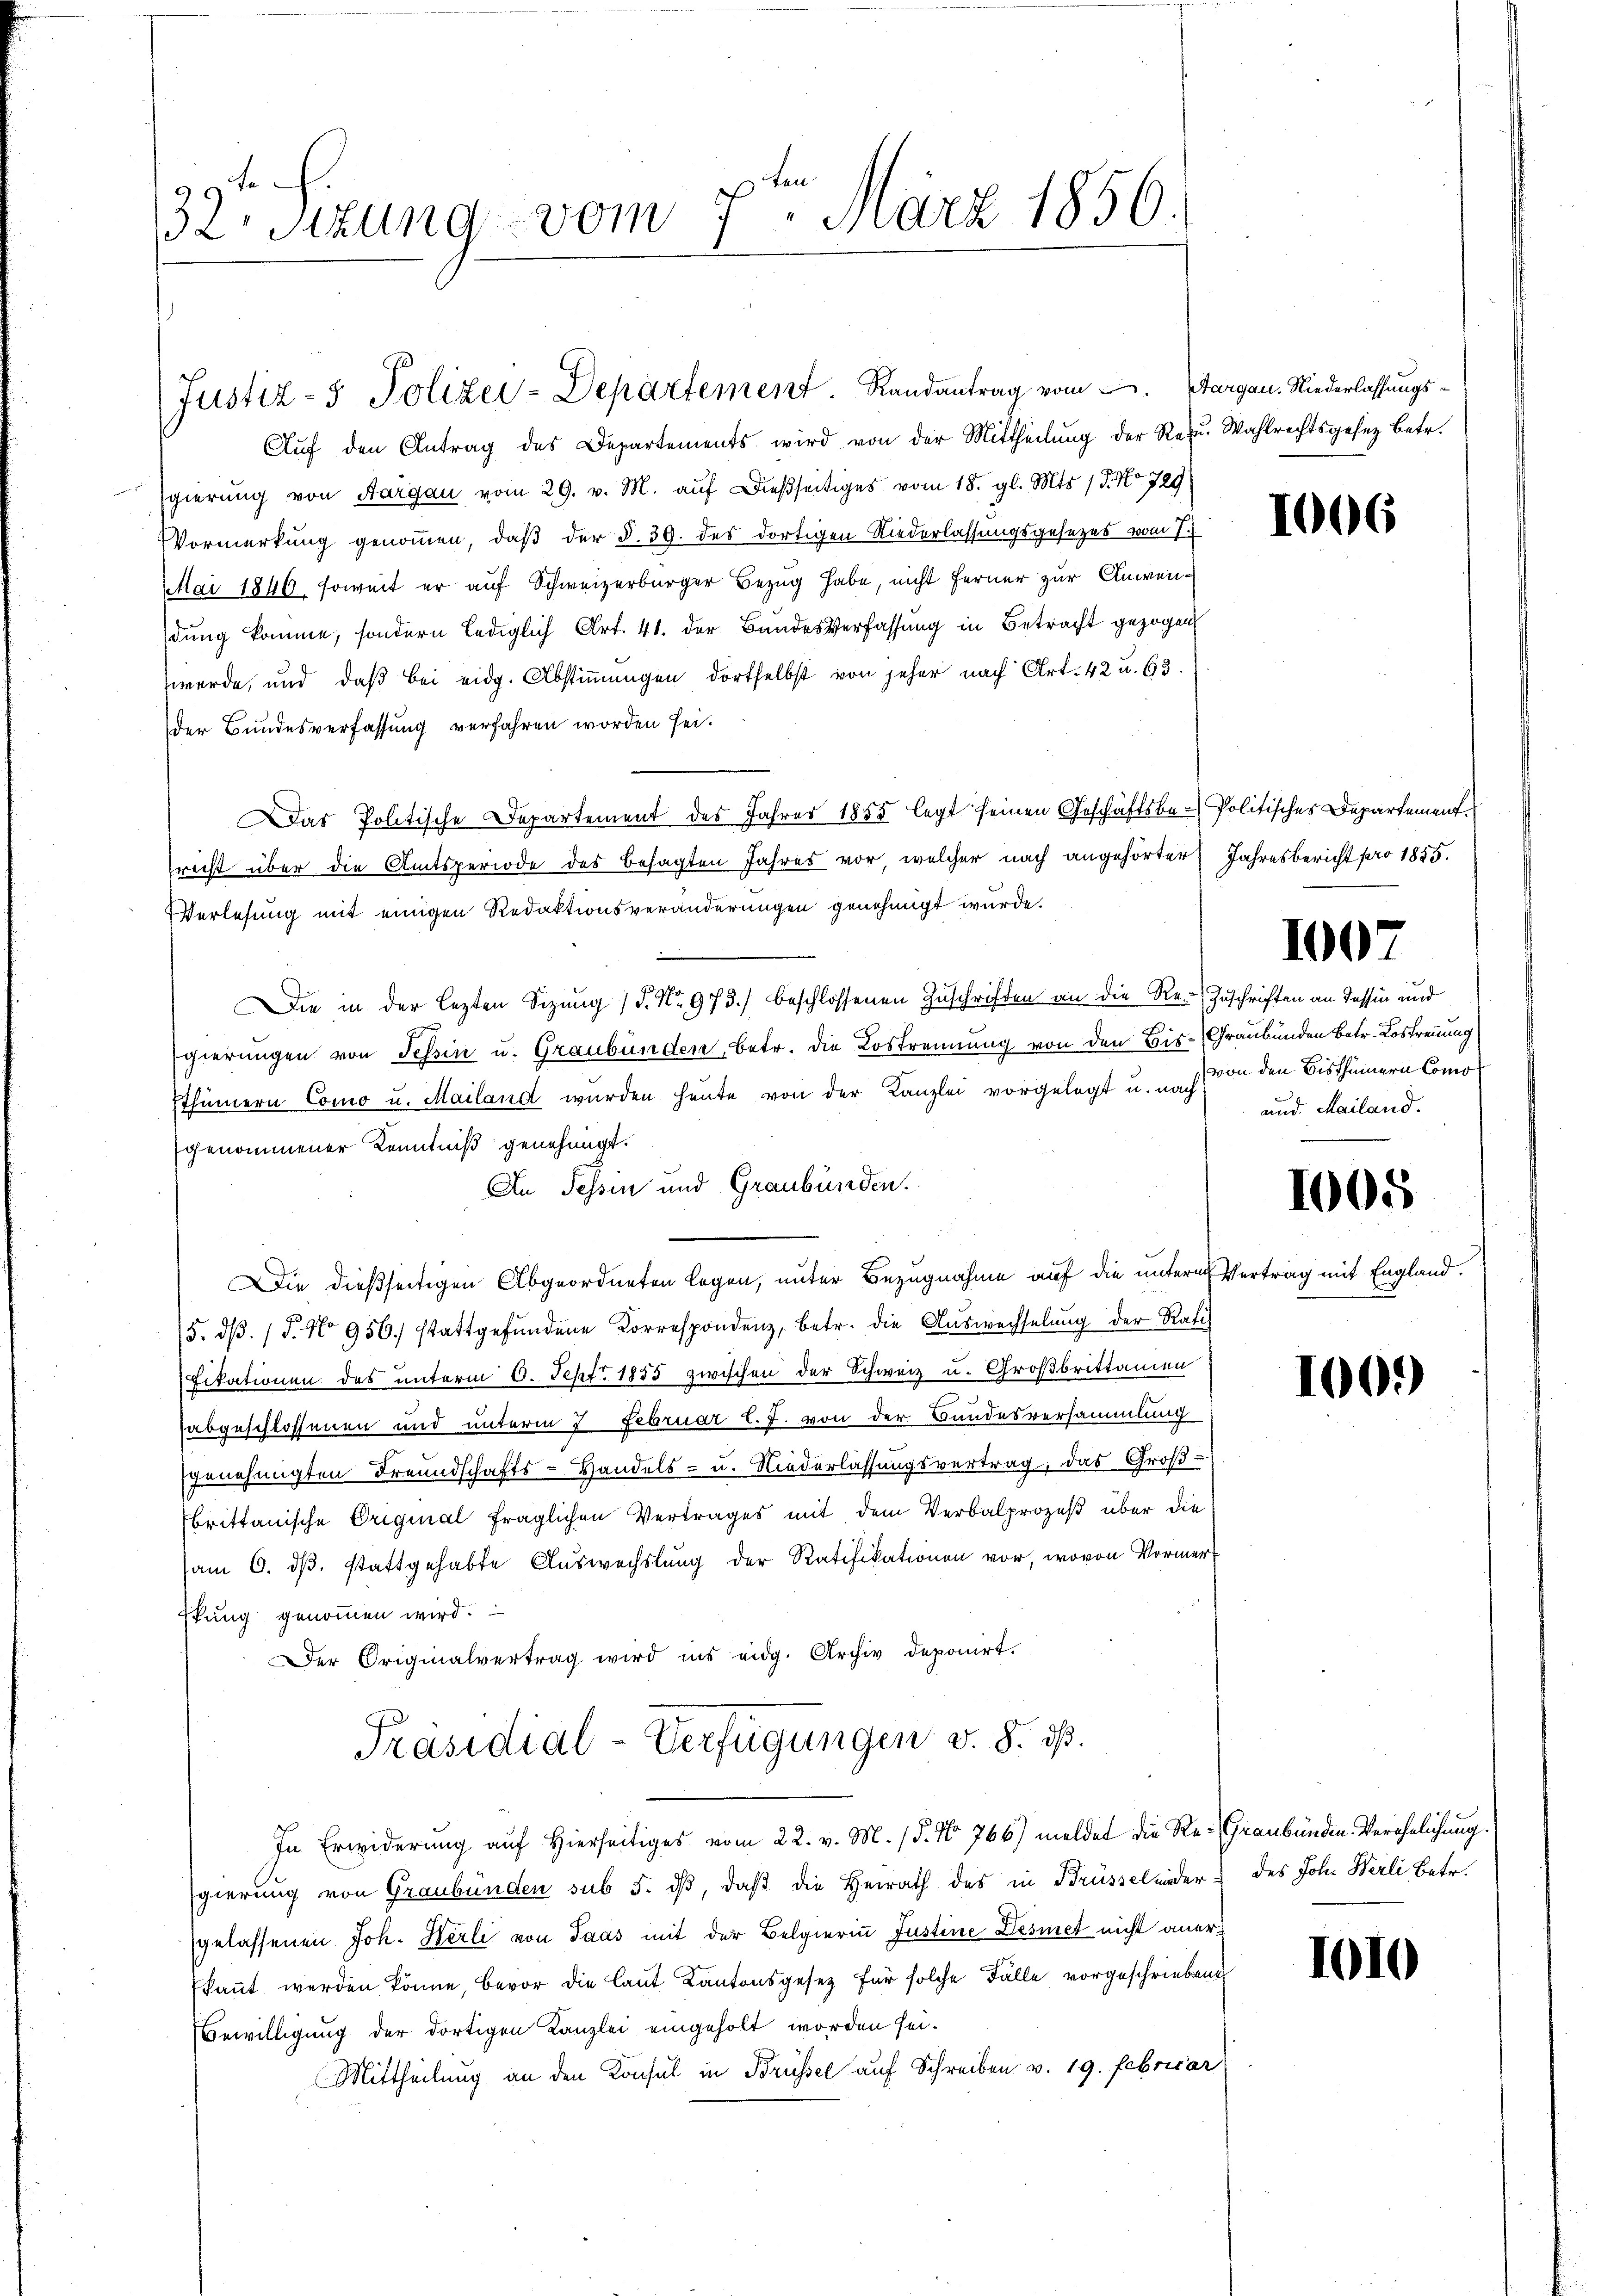
32 Sizung vom 7ten März 1856.

sgierung von Aargau vom 29. v. M. auf dießseitiges vom 18. gl. Mts. 15. No 729
Vormerkung genommen, daß der §. 39. des dortigen Niederlassungsgesezes vom 7.
Mai 1846 soweit er auf Schweizerbürger Bezug habe, nicht ferner zur Anwendung komme, sondern lediglich Art. 41. der Bandesverfassung in Betracht gezogen
werde, und daß bei eidg. Abstimmungen dortselbst von jeher nach Art. 42 u. 63.
der Bundesverfassung verfahren worden sei.
Das Politische Departement des Jahres 1855 legt seinen Geschäftsbe-Politisches Departement.
richt über die Amtsperiode des besagten Jahres vor, welcher nach angehörter Jahresbericht pro 1855.
Verlesung mit einigen Redaktionsveränderungen genehmigt wurde.
Die in der lezten Sizung / 5. No. 973.) beschlossenen Zuschriften an die Re-Zuschriften an dessen und
gierungen von Tessin u. Graubünden, betr. die Lostrennung von den Bis-Graubünden betr. Lostrennung
sthümern Como u. Mailand wurden heute von der Kanzlei vorgelegt u. uns von den Bisthümern Comogenommener Kenntniß genehmigt.
An Tessin und Graubünden.
Die dießseitigen Abgeordneten legen, unter Bezugnahme auf die unterm Vertrag mit England.
5. dβ. / 5. No 956 stattgefŭndene Korrespondenz, betr. die Auswechselung der Rati
fikationen des unterm 6. Sept. 1855 zwischen der Schweiz u. Großbrittanien
abgeschlossenen und unterm 7 Februar l. J. von der Bandesversammlung
genehmigten Freundschafts-Handels- u. Niederlassungsvertrag, das Groß-
brittanische Original fraglichen Vertrages mit dem Verbalprozeß über die
am 6. dβ. stattgehabte Auswechslung der Ratifikationen vor, wovon Vormer¬
Ekung genommen wird.
Der Originalvertrag wird ins eidg. Archiv deponirt.
Präsidial-Verfügungen v. 8. ds.
In Erwiderung auf Hierseitiges vom 22. v. M. (§. No. 766) meldet die Re- Graubünden-Verehelichung.
gierung von Graubünden sub 5. dβ, daß die Heirath des in Brüssel inder - des Joh. Herli Betr.
gelassenen Joh. Herli von Paas mit der Belgierin Justine Desmet nicht aner¬
(kannt werden könne, bevor die laut Kantonsgesetz für solche Fälle vorgeschriebene
Bewilligung der dortigen Kanzlei eingeholt worden sei.
Mittheilung an den Konsul in Brüssel auf Schreiben v. 19. Febricar

Justiz- & Polizei-Departement Randantrag vom 2. Aargau. Niederlassungs¬
Aŭf den Antrag des Departements wird von der Mittheilŭng der Rezu. Wahlrechtsgesez betr.

1006

1007

und. Mailand.

1005

100.)

1010